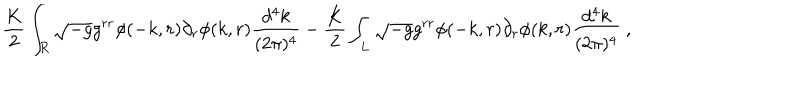
\frac { K } { 2 } \int _ { R } \sqrt { - g } g ^ { r r } \phi ( - k , r ) \partial _ { r } \phi ( k , r ) \frac { d ^ { 4 } k } { ( 2 \pi ) ^ { 4 } } - \frac { K } { 2 } \int _ { L } \sqrt { - g } g ^ { r r } \phi ( - k , r ) \partial _ { r } \phi ( k , r ) \frac { d ^ { 4 } k } { ( 2 \pi ) ^ { 4 } } \ ,